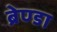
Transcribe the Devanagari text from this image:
ब्रेण्डा